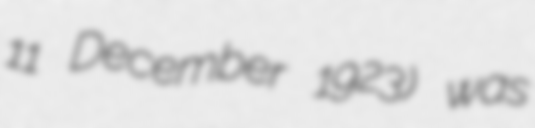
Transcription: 11 December 1923) was